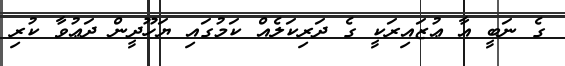
ގެ ނަބީ އާ ޢުޒައިރަކީ ގެ ދަރިކަލެއް ކަމުގައި ޔަހޫދީން ދަޢުވާ ކުރި